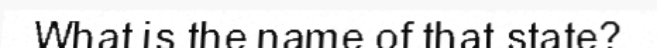
What is the name of that state?